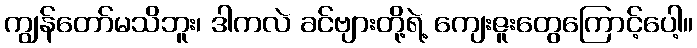
ကျွန်တော်မသိဘူး၊ ဒါကလဲ ခင်ဗျားတို့ရဲ့ ကျေးဇူးတွေကြောင့်ပေါ့။